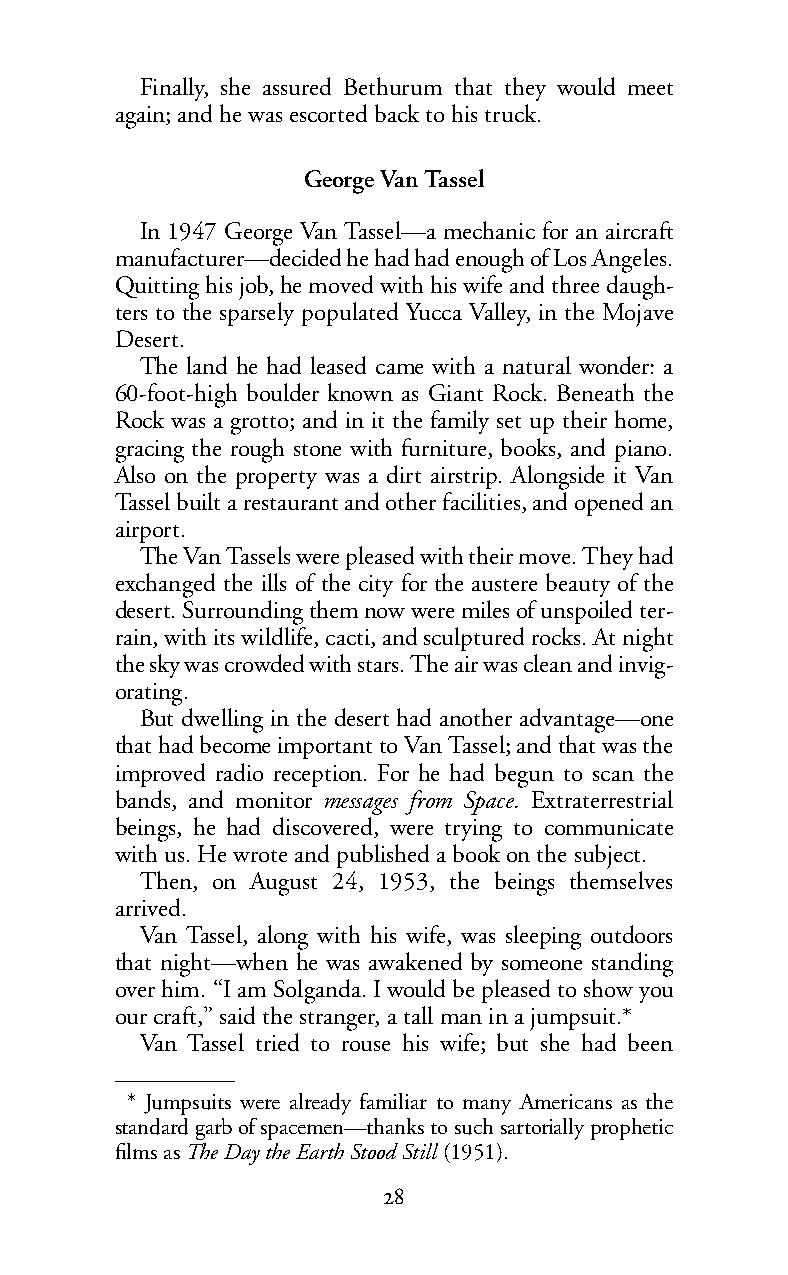
Finally, she assured Bethurum that they would meet
 again; and he was escorted back to his truck.
 George Van Tassel
 In 1947 George Van Tassel—a mechanic for an aircraft
 manufacturer—decided he had had enough of Los Angeles.
 Quitting his job, he moved with his wife and three daugh-
 ters to the sparsely populated Yucca Valley, in the Mojave
 Desert.
 The land he had leased came with a natural wonder: a
 60-foot-high boulder known as Giant Rock. Beneath the
 Rock was a grotto; and in it the family set up their home,
 gracing the rough stone with furniture, books, and piano.
 Also on the property was a dirt airstrip. Alongside it Van
 Tassel built a restaurant and other facilities, and opened an
 airport.
 The Van Tassels were pleased with their move. They had
 exchanged the ills of the city for the austere beauty of the
 desert. Surrounding them now were miles of unspoiled ter-
 rain, with its wildlife, cacti, and sculptured rocks. At night
 theskywas crowded with stars. The air was clean and invig-
 orating.
 But dwelling in the desert had another advantage—one
 that had become important to Van Tassel; and that was the
 improved radio reception. For he had begun to scan the
 bands, and monitor messages from Space. Extraterrestrial
 beings, he had discovered, were trying to communicate
 with us. He wrote and published a book on the subject.
 Then, on August 24, 1953, the beings themselves
 arrived.
 Van Tassel, along with his wife, was sleeping outdoors
 that night—when he was awakened by someone standing
 over him. “I am Solganda. I would be pleased to show you
 our craft,” said the stranger, a tall man in a jumpsuit.*
 Van Tassel tried to rouse his wife; but she had been
 * Jumpsuits were already familiar to many Americans as the
 standard garb of spacemen—thanks to such sartorially prophetic
 films asThe Day the Earth Stood Still (1951).
 